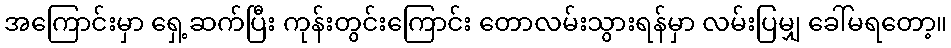
အကြောင်းမှာ ရှေ့ဆက်ပြီး ကုန်းတွင်းကြောင်း တောလမ်းသွားရန်မှာ လမ်းပြမျှ ခေါ်မရတော့။